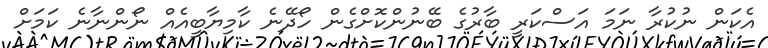
އެކަން ނުކުރާ ނަމަ އަސްކަރީ ބާރުގެ ބޭނުންކޮށްގެން ހޯދޭނެ ކާމިޔާބީއެއް ނޯންނާނެ ކަމަށް